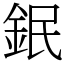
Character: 鈱